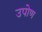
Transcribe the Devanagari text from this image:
उपोण